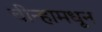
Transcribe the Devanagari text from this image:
चीन्हामधून